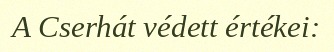
A Cserhát védett értékei: